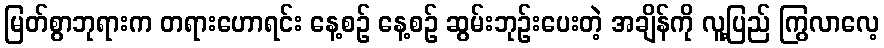
မြတ်စွာဘုရားက တရားဟောရင်း နေ့စဉ် နေ့စဉ် ဆွမ်းဘုဉ်းပေးတဲ့ အချိန်ကို လူ့ပြည် ကြွလာလေ့